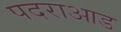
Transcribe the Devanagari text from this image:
पदराआड